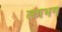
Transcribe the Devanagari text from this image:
लग़भग